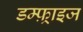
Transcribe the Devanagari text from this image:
डम्फ़्राइज